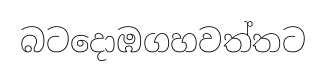
බටදොඹගහවත්තට